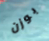
بوزن